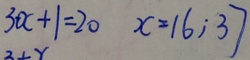
3 + x + 1 = 2 0 x = 1 6 ; 3 7